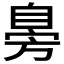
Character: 𦤔